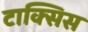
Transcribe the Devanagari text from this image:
टाक्सिस